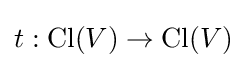
t:\operatorname {Cl} (V)\to \operatorname {Cl} (V)